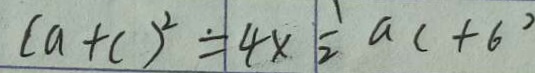
( a + c ) ^ { 2 } = 4 \times \frac { 1 } { 2 } a c + 6 ^ { 2 }